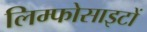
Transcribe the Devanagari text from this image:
लिम्फोसाइटों